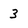
Character: 3